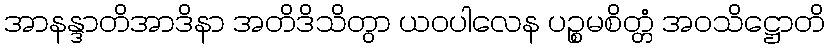
အာနန္ဒာတိအာဒိနာ အတိဒိသိတွာ ယဝပါလေန ပဉ္စမစိတ္တံ အဝသိဋ္ဌောတိ